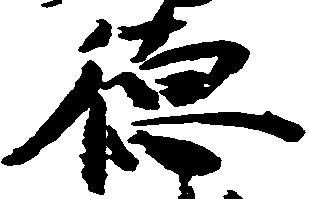
徳